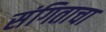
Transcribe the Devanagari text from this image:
संगिताचा